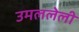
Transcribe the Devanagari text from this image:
उमललेली